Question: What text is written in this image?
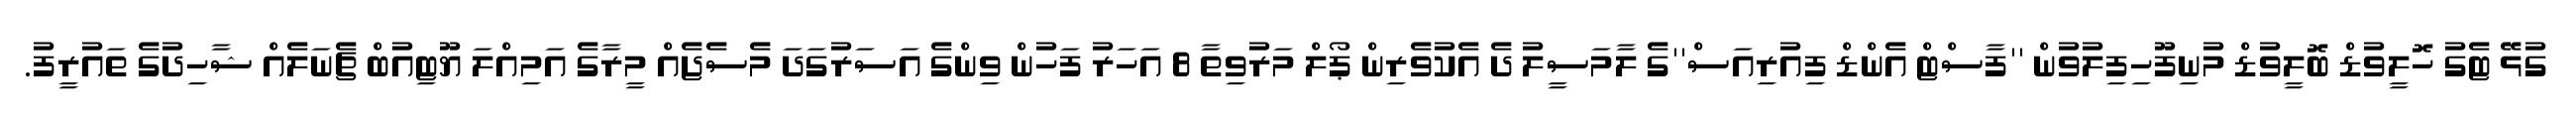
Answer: ގުޅޭ ޓެގު ހޮލީވުޑް ބޮލީވުޑް މުނިފޫހިފިލުވުން ''ފާސްޓް އެންޑް ފިއުރިއަސް''ގެ ލާމަސީލު ދެ އެކުވެރިން ޕޯލް މަރުވިތާ 8 އަހަރު ފަހުން ވިންގެ އަސަރުގަދަ މެސެޖެއް މީރާގެ އަމިއްލަ ޔޫޓިއުބް ޗެނަލެއް ޝާހިދުގެ ތައުރީފު.